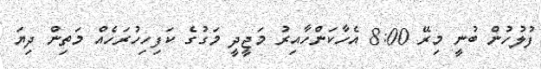
ފުލުހުން ބުނީ މިރޭ 8:00 އެހާކަންހާއިރު މަޖީދީ މަގުގެ ކަފިހިހުރަހެއް މަތިން ދިޔަ